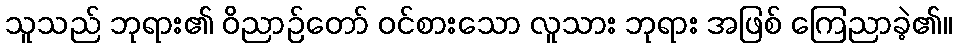
သူသည် ဘုရား၏ ဝိညာဉ်တော် ဝင်စားသော လူသား ဘုရား အဖြစ် ကြေညာခဲ့၏။